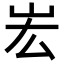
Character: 𡵦